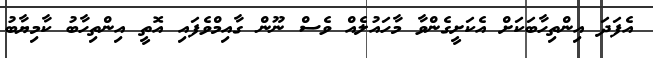
އެފަދަ އިންތިހާބަކަށް އެކަށީގެންވާ މާހައުލެއް ވެސް ނޫން ގާއިމްވެފައި އޮތީ އިންތިހާބު ކާމިޔާބު